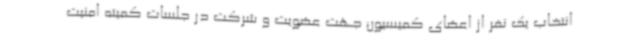
انتخاب یک نفر از اعضای کمیسیون جهت عضویت و شرکت در جلسات کمیته امنیت